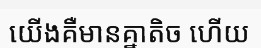
យើងគឺមានគ្នាតិច ហើយ